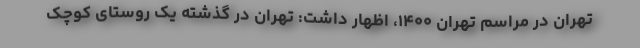
تهران در مراسم تهران ۱۴۰۰، اظهار داشت: تهران در گذشته یک روستای کوچک